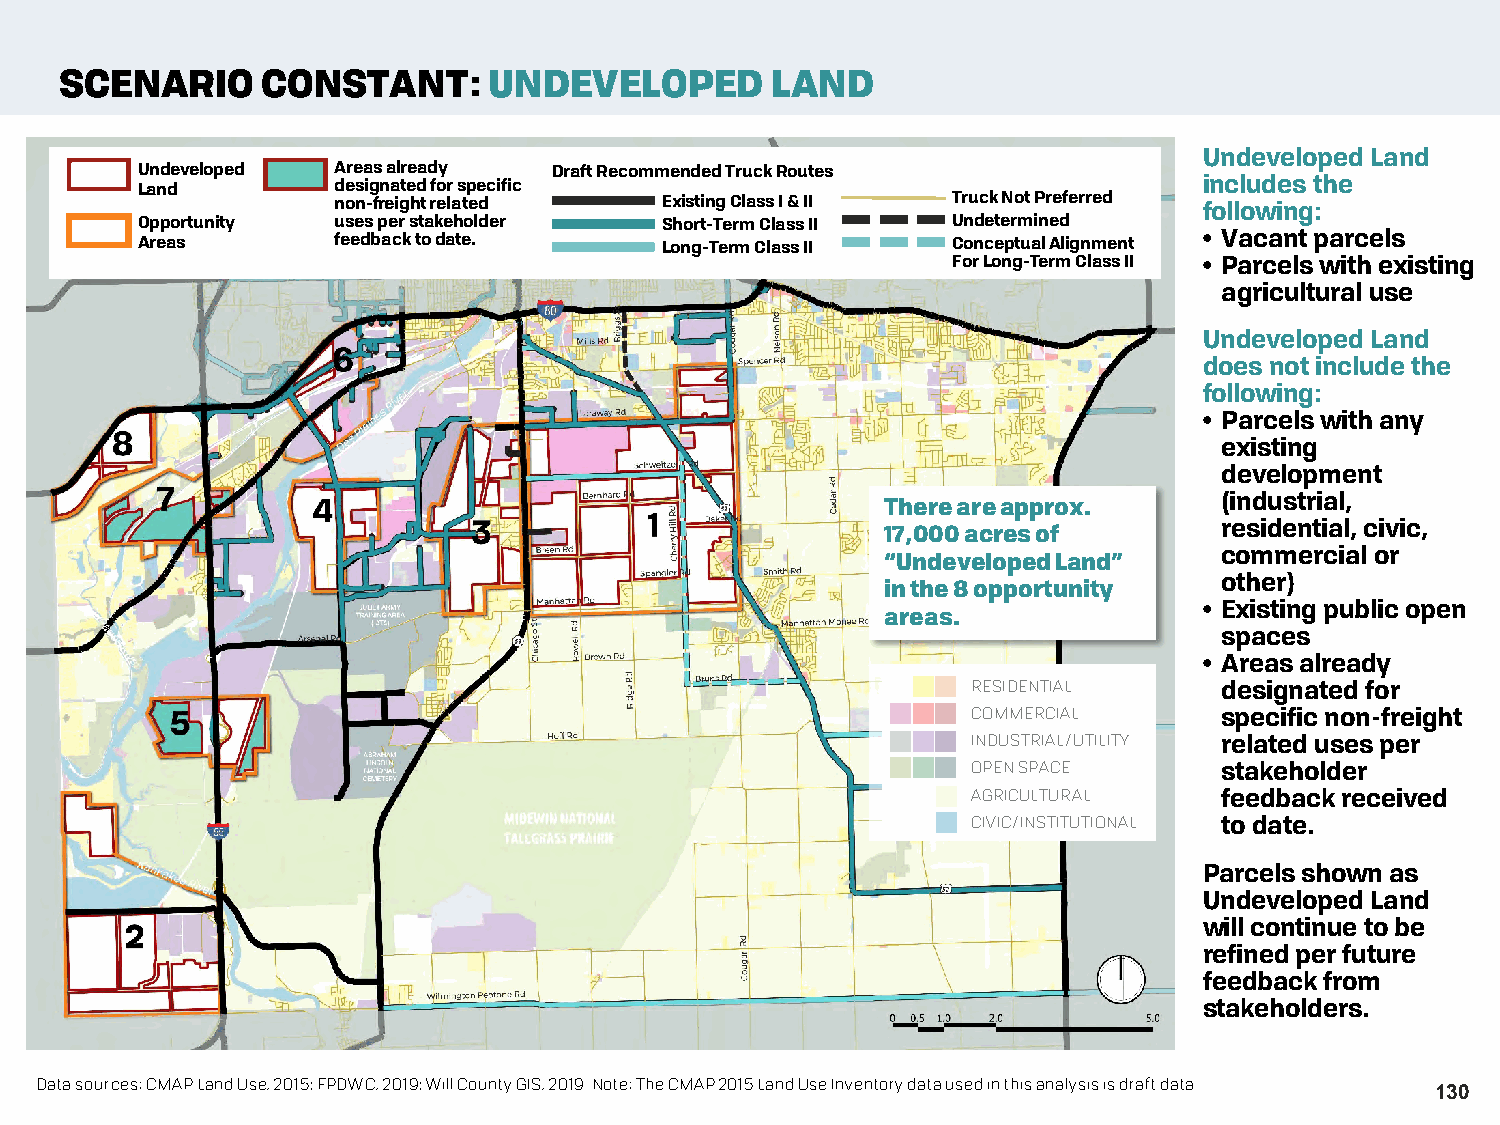
SCENARIO     CONSTANT:      UNDEVELOPED        LAND
 Undeveloped Land
 Undeveloped  Areas already  Draft Recommended Truck Routes
 Land         designated for specific                                   includesthe
 non-freight related   Existing Class I & II Truck Not Preferred following:
 Opportunity  uses per stakeholder  Short-Term Class II Undetermined
 Areas        feedback to date.     Long-Term Class II Conceptual Alignment • Vacant parcels
 For Long-Term Class II • Parcels with existing
 agricultural use
 Undeveloped Land
 does not includethe
 following:
 • Parcels with any
 existing
 development
 (industrial,
 There areapprox.
 residential, civic,
 17,000 acres of
 commercial or
 “Undeveloped Land”
 other)
 in the 8 opportunity
 • Existing public open
 areas.
 spaces
 • Areas already
 RESIDENTIAL      designated for
 COMMERCIAL       specific non-freight
 INDUSTRIAL/UTILITY related uses per
 OPEN SPACE       stakeholder
 AGRICULTURAL     feedback received
 CIVIC/INSTITUTIONAL to date.
 Parcels shown as
 Undeveloped Land
 will continue to be
 refined per future
 feedback from
 stakeholders.
 Data sources: CMAP Land Use, 2015; FPDWC, 2019; Will County GIS, 2019.Note: The CMAP 2015 Land Use Inventory data used in this analysis is draft data.
 130